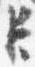
臣